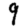
Digit: 9